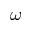
\omega